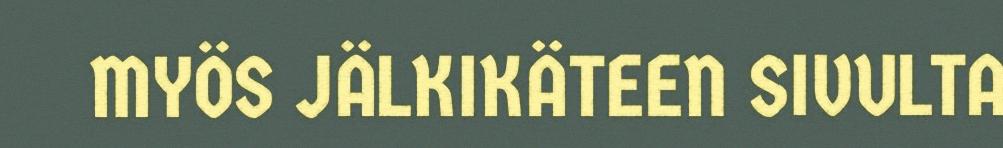
MYÖS JÄLKIKÄTEEN SIVULTA